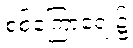
စစ်ကြောရေး၌